Annual report on the working of the lock hospitals in the North-Western Provinces and Oudh
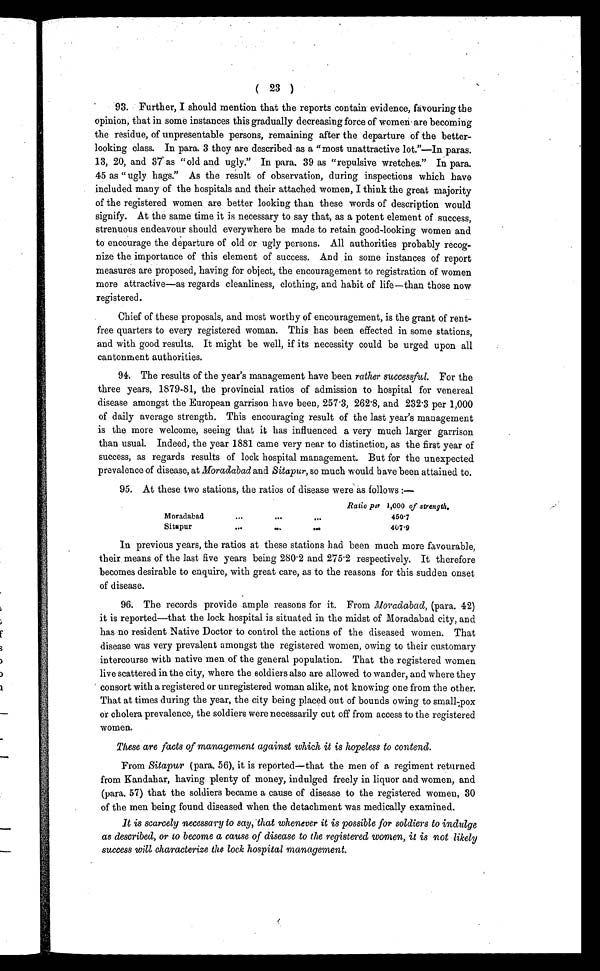
( 23 )
93. Further, I should mention that the reports contain evidence, favouring the
opinion, that in some instances this gradually decreasing force of women are becoming
the residue, of unpresentable persons, remaining after the departure of the better-
looking class. In para. 3 they are described as a "most unattractive lot."—In paras.
13, 20, and 37 as "old and ugly." In para. 39 as "repulsive wretches." In para.
45 as " ugly hags." As the result of observation, during inspections which have
included many of the hospitals and their attached women, I think the great majority
of the registered women are better looking than these words of description would
signify. At the same time it is necessary to say that, as a potent element of success,
strenuous endeavour should everywhere be made to retain good-looking women and
to encourage the departure of old or ugly persons. All authorities probably recog-
nize the importance of this element of success. And in some instances of report
measures are proposed, having for object, the encouragement to registration of women
more attractive—as regards cleanliness, clothing, and habit of life—than those now
registered.
Chief of these proposals, and most worthy of encouragement, is the grant of rent-
free quarters to every registered woman. This has been effected in some stations,
and with good results. It might be well, if its necessity could be urged upon all
cantonment authorities.
9 4 . T h e r e s u l t s o f t h e y e a r ' s m a n a g e m e n t h a v e b e e n r a t h e r s u c c e s s f u l .
F o r t h e
three years, 1879-81, the provincial ratios of admission to hospital for venereal
disease amongst the European garrison have been, 257.3, 262.8, and 232.3 per 1,000
of daily average strength. This encouraging result of the last year's management
is the more welcome, seeing that it has influenced a very much larger garrison
than usual. Indeed, the year 1881 came very near to distinction, as the first year of
success, as regards results of lock hospital management. But for the unexpected
prevalence of disease, at Moradabad and Sitapur, so much would have been attained to.
95. At these two stations, the ratios of disease were as follows :—
Ratio per 1,000 of strength.
Moradabad
... ... ...
4 5 0 . 7
Sitapur
... ... ...
407.9
In previous years, the ratios at these stations had been much more favourable,
their means of the last five years being 280.2 and 275.2 respectively. It therefore
becomes desirable to enquire, with great care, as to the reasons for this sudden onset
of disease.
96. The records provide ample reasons for it. From M oradabad, (para. 42)
it is reported—that the lock hospital is situated in the midst of Moradabad city, and
has no resident Native Doctor to control the actions of the diseased women. That
disease was very prevalent amongst the registered women, owing to their customary
intercourse with native men of the general population. That the registered women
live scattered in the city, where the soldiers also are allowed to wander, and where they
consort with a registered or unregistered woman alike, not knowing one from the other.
That at times during the year, the city being placed out of bounds owing to small-pox
or cholera prevalence, the soldiers were necessarily cut off from access to the registered
women.
These are facts of management against which it is hopeless to contend.
From Sitapur (para. 56), it is reported—that the men of a regiment returned
from Kandahar, having plenty of money, indulged freely in liquor and women, and
(para. 57) that the soldiers became a cause of disease to the registered women, 30
of the men being found diseased when the detachment was medically examined.
It is scarcely necessary to say, that whenever it is possible for soldiers to indulge
as described, or to become a cause of disease to the registered women, it is not likely
success will characterize the lock hospital management.